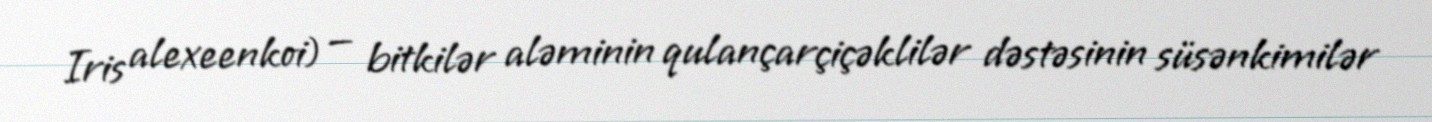
Iris alexeenkoi) — bitkilər aləminin qulançarçiçəklilər dəstəsinin süsənkimilər